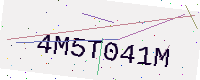
Text: 4M5T041M